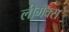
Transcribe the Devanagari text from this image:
लीमैक्स